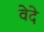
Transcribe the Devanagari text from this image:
वेदे